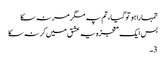
تمہارا ہو تو گیا، تم پہ مگر مر نہ سکا
بس ایک معجزہ یہ عشق میں کر نہ سکا
3۔